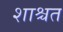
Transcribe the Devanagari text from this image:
शाश्चत